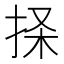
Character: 𰓨